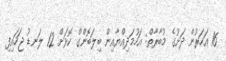
16 އަހަރުން ދަށުގެ މުބާރާތް: އަހުމަދިއްޔާއިން ބިލަބޮންގް ކޮޅަށް 12 ލަނޑު ޖަހައިފި